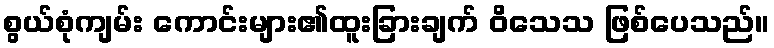
စွယ်စုံကျမ်း ကောင်းများ၏ထူးခြားချက် ဝိသေသ ဖြစ်ပေသည်။